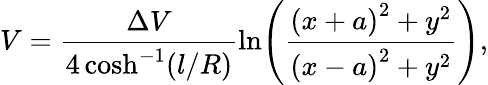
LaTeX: V=\frac{\Delta V}{4\cosh^{-1}(l/R)}\ln\! \left(\frac{{\left(x+a\right)^{2}+y^{2}}}{{\left(x-a\right)^{2}+y^{2}}}\right),